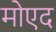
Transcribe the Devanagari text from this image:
मोएद